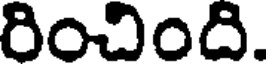
రించింది.